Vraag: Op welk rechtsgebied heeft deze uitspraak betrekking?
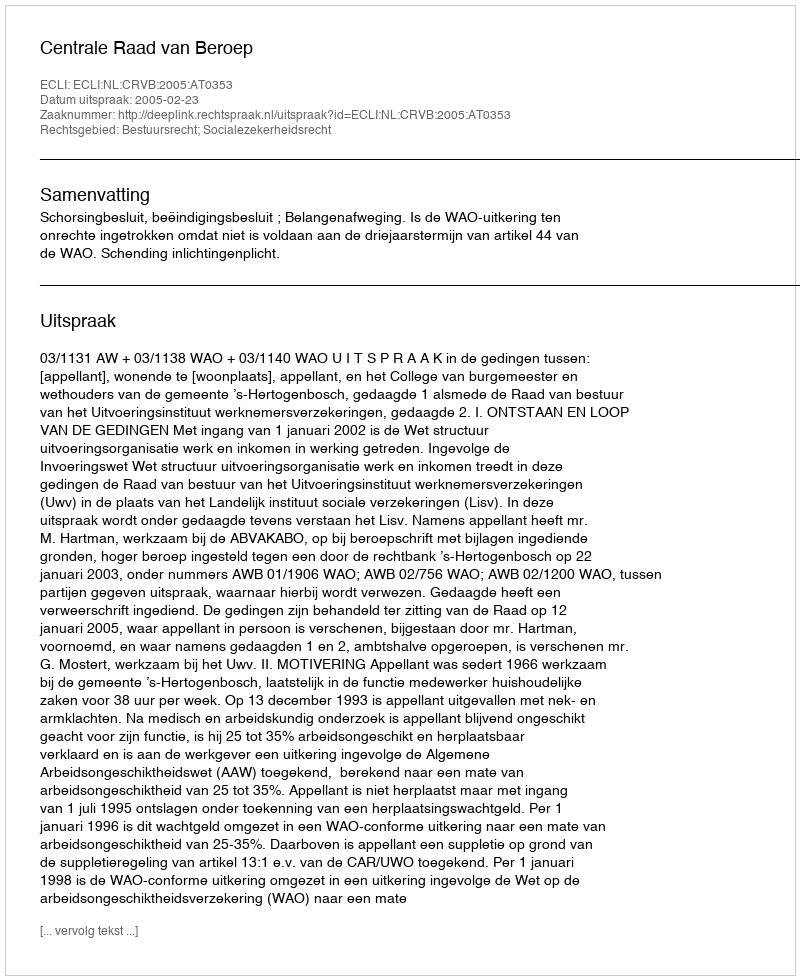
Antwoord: Bestuursrecht; Socialezekerheidsrecht